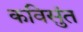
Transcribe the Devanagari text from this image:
कविसुंत